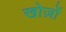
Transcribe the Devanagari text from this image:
खोज़ों